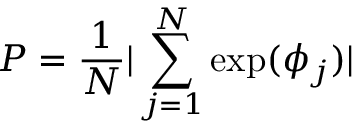
P = \frac { 1 } { N } | \sum _ { j = 1 } ^ { N } \exp ( \phi _ { j } ) |